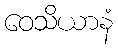
ဝေသိယာနံ